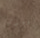
الفموي